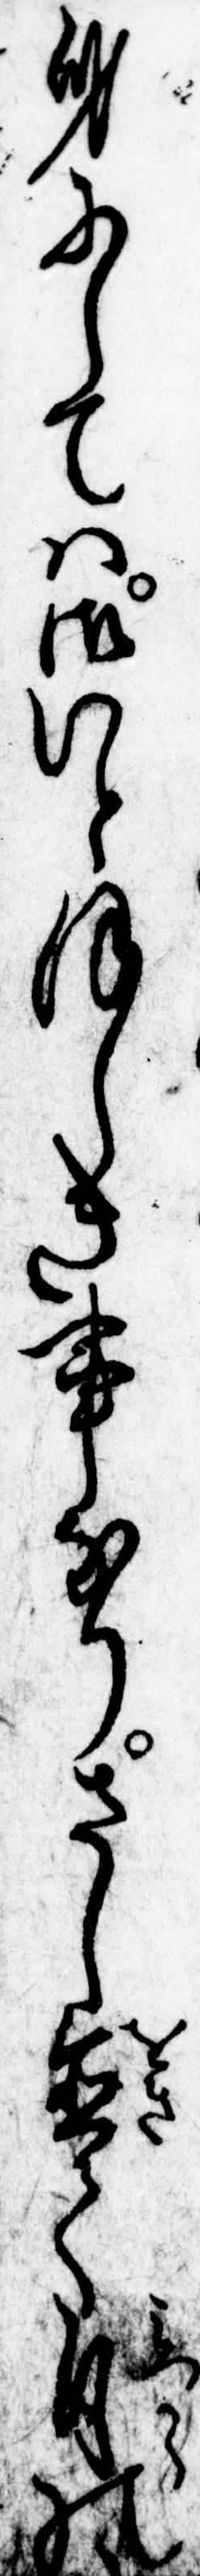
身にしては御いとほしき事なりさし置て自の